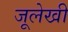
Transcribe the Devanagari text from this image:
जूलेखी